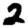
Digit: 2